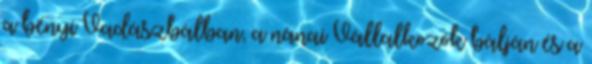
a bényi Vadászbálban, a nánai Vállalkozók bálján és a